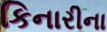
કિનારીના